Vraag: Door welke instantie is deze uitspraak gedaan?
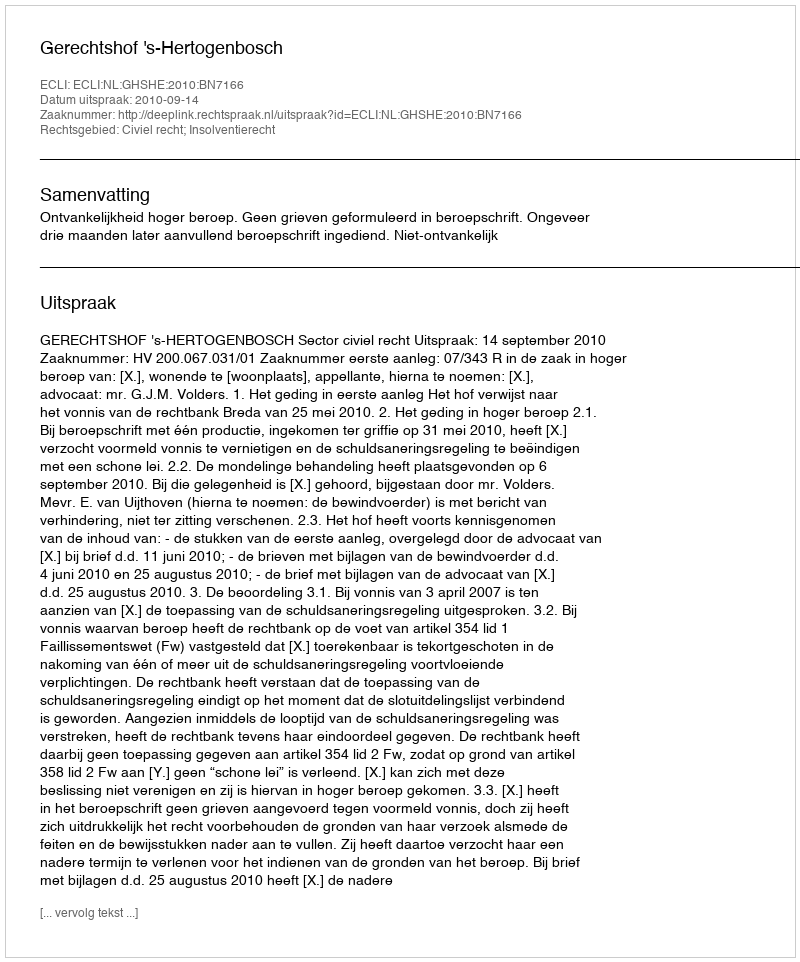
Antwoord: Gerechtshof 's-Hertogenbosch